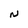
Character: N